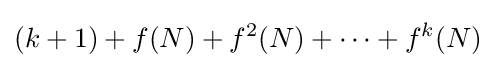
(k+1)+f(N)+f^{2}(N)+\dots +f^{k}(N)